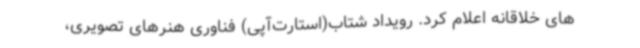
های خلاقانه اعلام کرد. رویداد شتاب(استارت‌آپی) فناوری هنرهای تصویری،